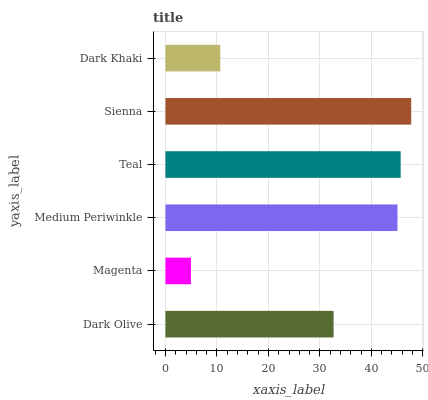
| yaxis_label | bars |
 | --- | --- |
 | Dark Olive | 32.7 |
 | Magenta | 4.95 |
 | Medium Periwinkle | 45.1 |
 | Teal | 45.7 |
 | Sienna | 47.7 |
 | Dark Khaki | 10.6 |